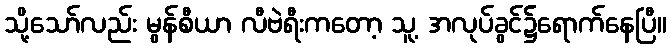
သို့သော်လည်း မွန်စီယာ လီဗဲရီးကတော့ သူ့ အလုပ်ခွင်၌ရောက်နေပြီ။